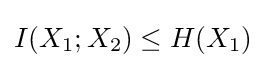
I(X_{1};X_{2})\leq H(X_{1})